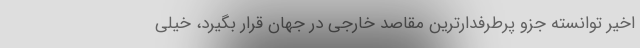
اخیر توانسته جزو پرطرفدارترین مقاصد خارجی در جهان قرار بگیرد، خیلی